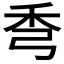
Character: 𥝙